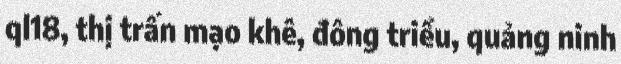
ql18, thị trấn mạo khê, đông triều, quảng ninh